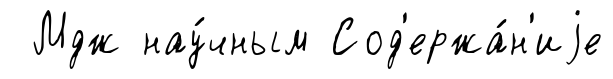
Мдж нау́чным Сод'ержа́н'иjе